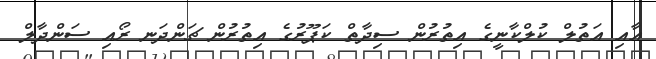
އާއި އަތުލް ކުލްކާނީގެ އިތުރުން ސިދާތް ކަޕޫރުގެ އިތުރުން ޗަންދަނ ރޯއި ސަންދާލް